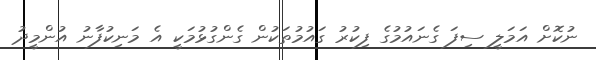
ނުކޮށް އަމަލީ ސިފަ ގެނައުމުގެ ފިކުރު ގައުމުތަކުން ގެންގުޅުމަކީ އެ މަނިކުފާނު އުންމީދު